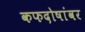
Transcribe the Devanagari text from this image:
कफदोषांवर